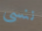
ننسى